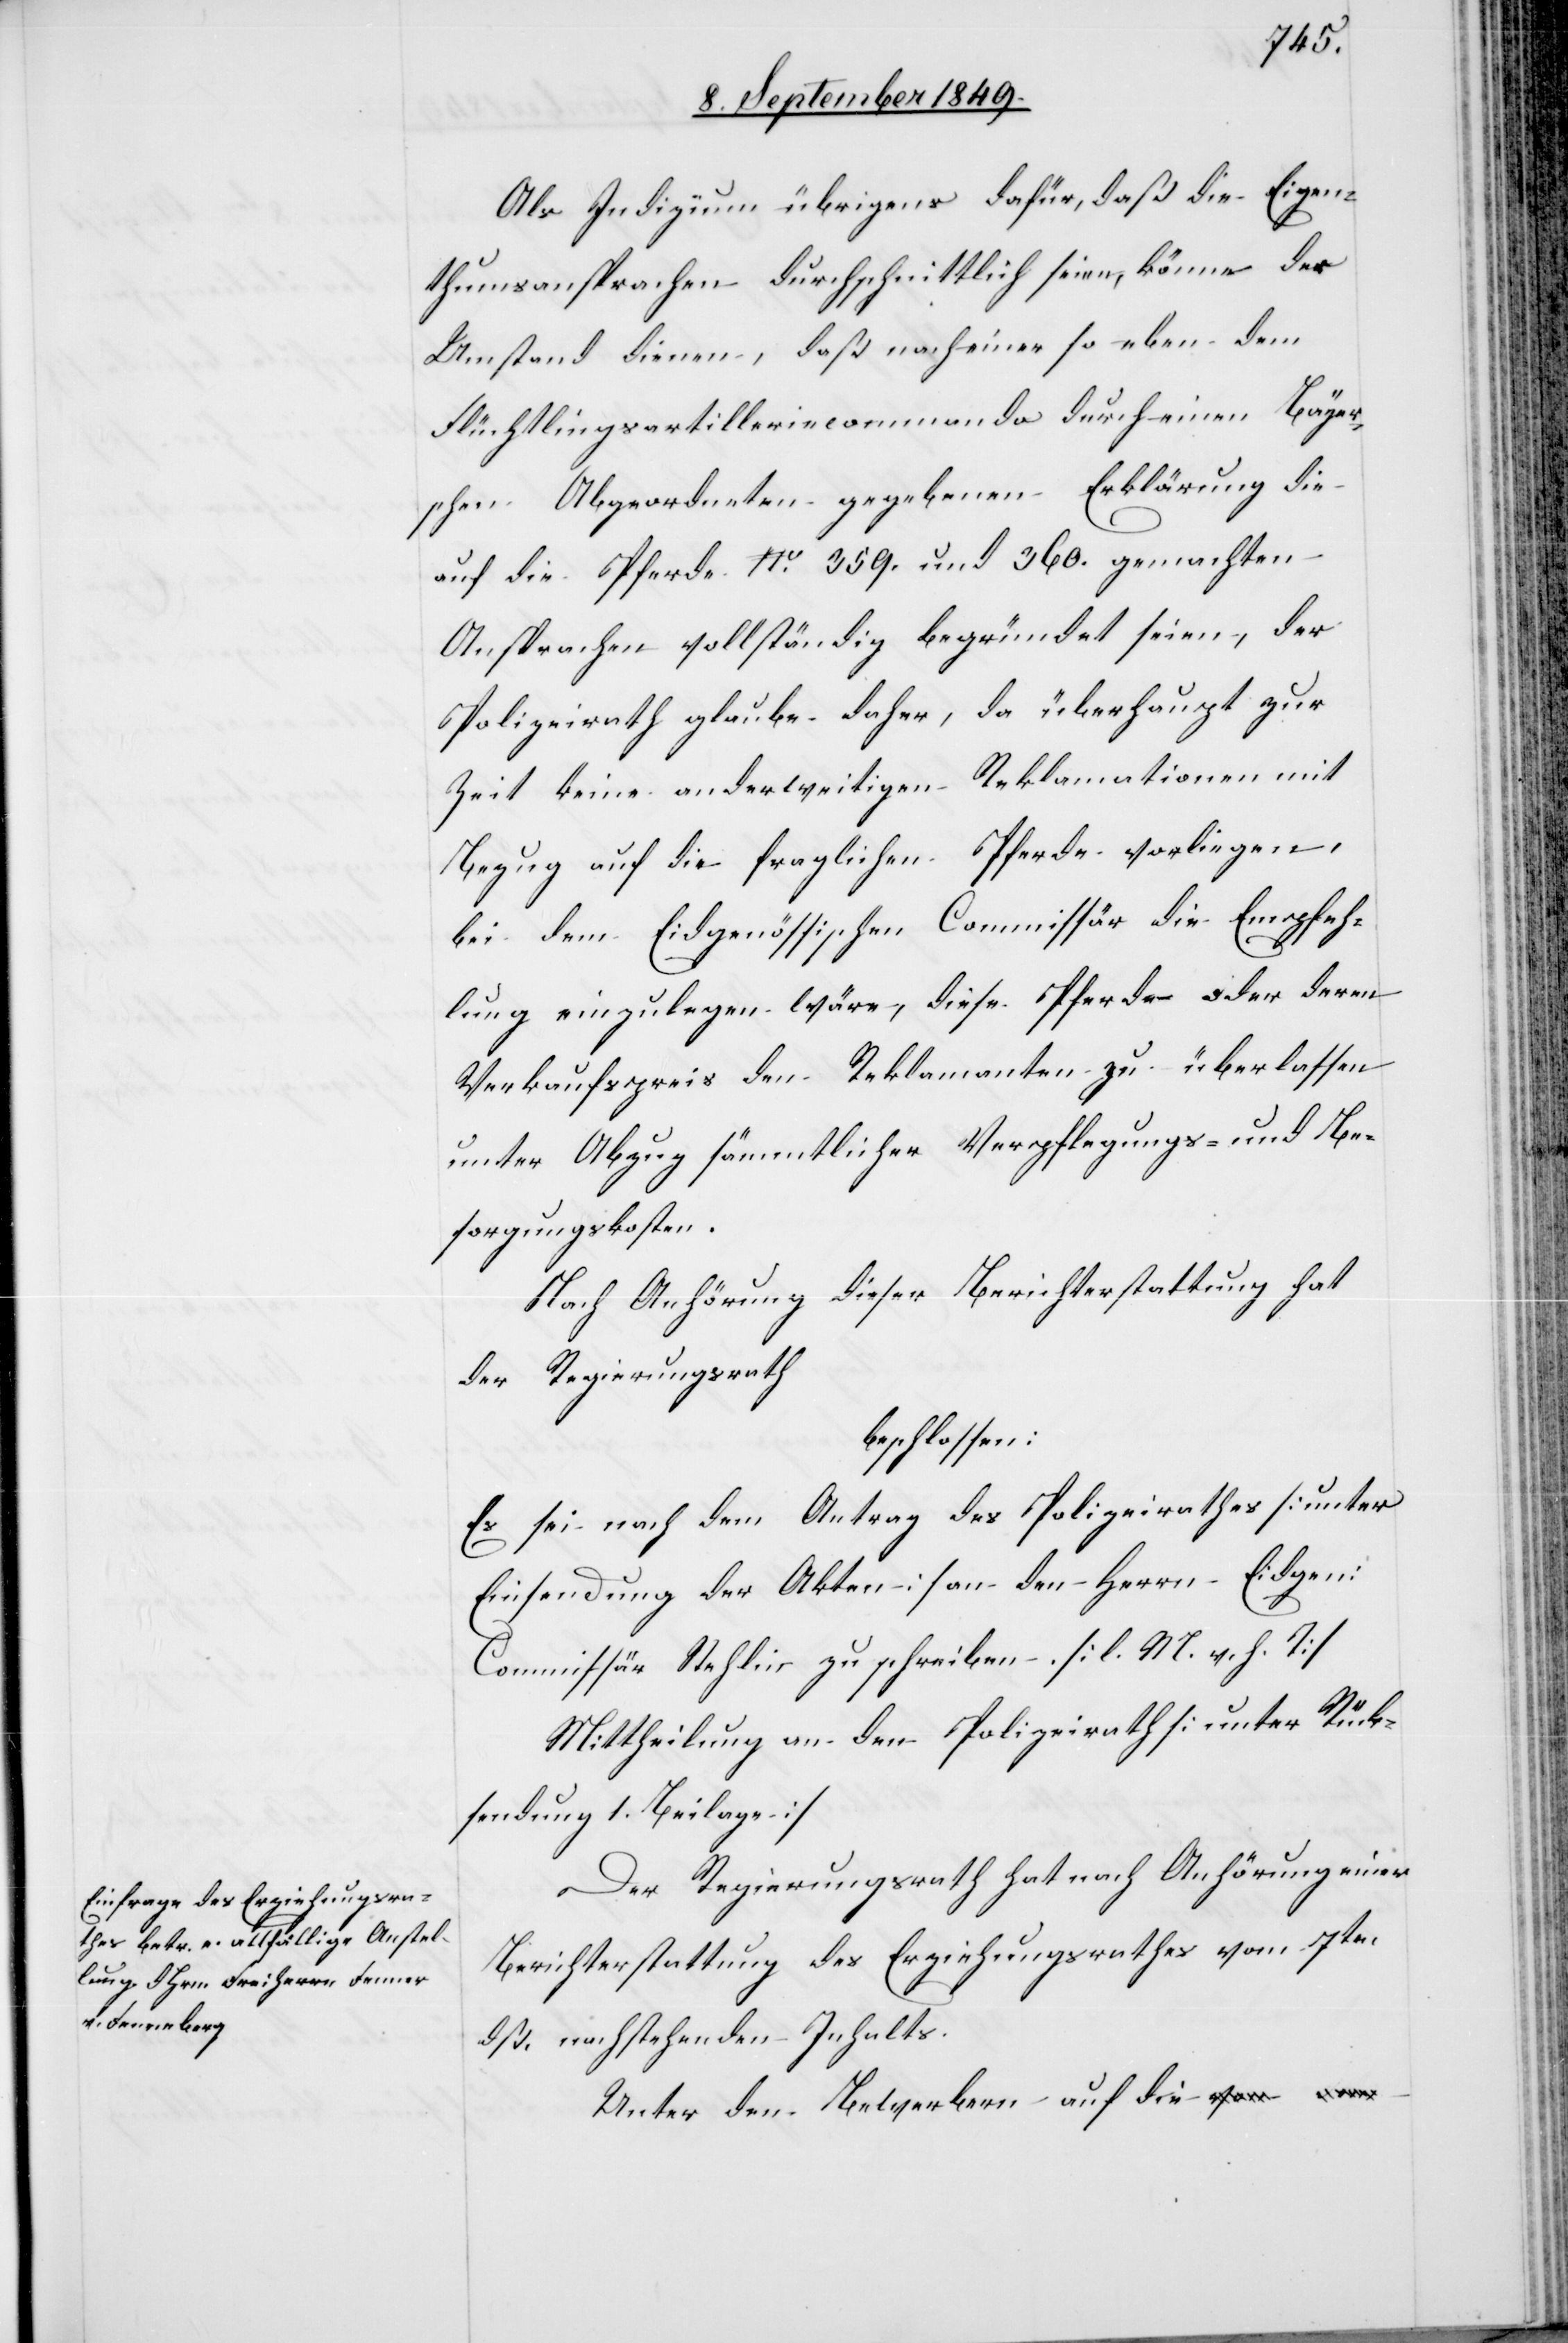
Als Indizium übrigens dafür, daß die Eigen¬
thumsansprachen durchschnittlich seien, könne der
Umstand dienen, daß nach einer so eben dem
Flüchtlingsartilleriecommando durch einen Bayer¬
schen Abgeordneten gegebenen Erklärung die
auf die Pferde No. 359. und 360 gemachten
Ansprachen vollständig begründet seien, der
Polizeirath glaube daher, da überhaupt zur
Zeit keine anderweitigen Reklamationen mit
Bezug auf die fraglichen Pferde vorliegen,
bei dem Eidgenössischen Commissär die Empfeh¬
lung einzulegen wäre, diese Pferde oder deren
Verkaufspreis den Reklamanten zu überlassen
unter Abzug sämmtlicher Verpflegungs- und Be¬
sorgungskosten.
Nach Anhörung dieser Berichterstattung hat
der Regierungsrath
beschlossen:
Es sei nach dem Antrag des Polizeirathes [unter
Einsendung der Akten] an den Herrn Eidgen:
Commissär Stehlin zu schreiben. [l. M. v. h. T]
Mittheilung an den Polizeirath [unter Rück¬
sendung 1. Beilage.]
Der Regierungsrath hat nach Anhörung einer
Berichterstattung des Erziehungsrathes vom 7ten
dß. nachstehenden Inhalts.
Unter den Bewerbern auf die